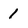
Character: 1